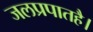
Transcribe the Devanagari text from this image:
जलप्रपातहै।